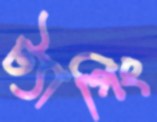
ট্যাগিং